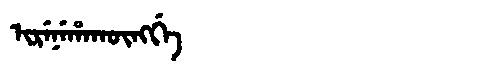
Manchu: ᡳᡵᡝᠨᡝᡥᠠᡴᡡᠩᡤᡝ
Romanization: IRENEHAKŪNGGE